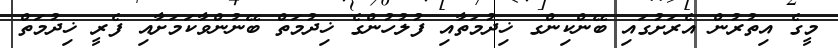
މީގެ އިތުރުން އެރަށުގައި ބޭންކިންގ ޚިދުމަތާއި ފުލުހުންގެ ޚިދުމަތް ބޭނުންވާކަމަށާއި ފެރީ ޚިދުމަތް